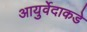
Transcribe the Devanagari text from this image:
आयुर्वेदाकडे